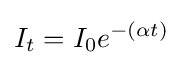
I_{t}=I_{0}e^{-(\alpha t)}